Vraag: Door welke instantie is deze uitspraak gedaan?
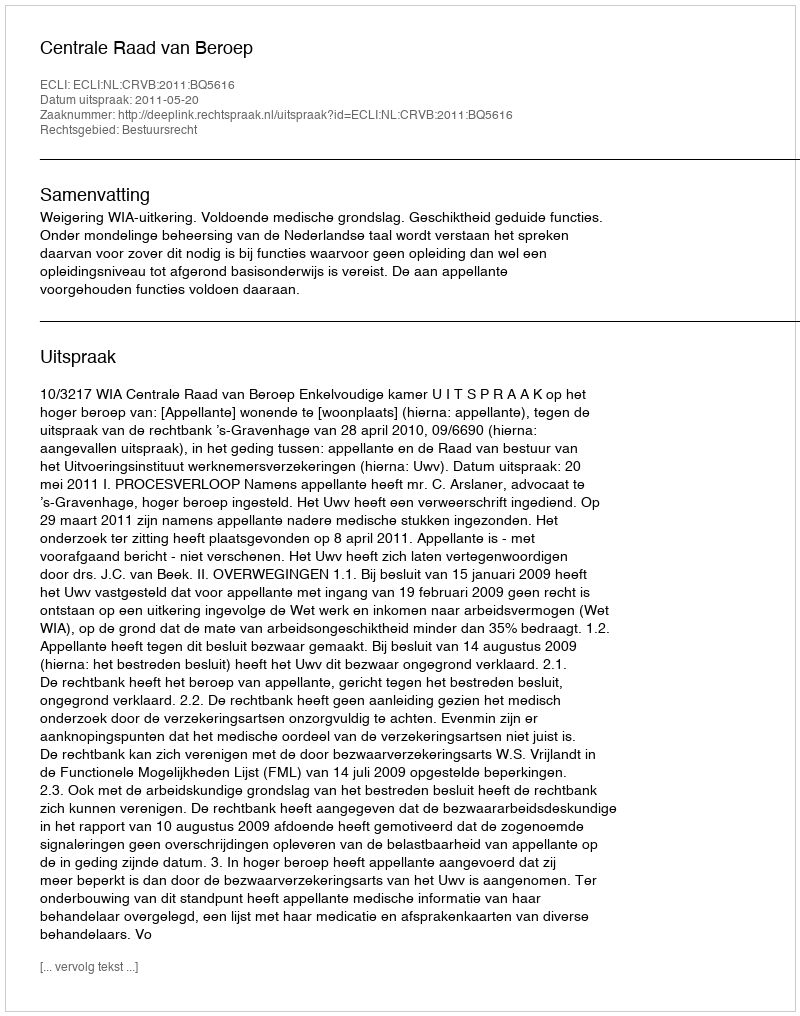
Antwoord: Centrale Raad van Beroep